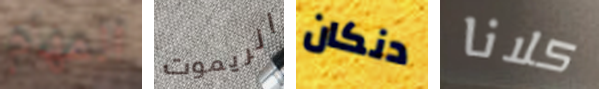
المهام الريموت دنكان كلانا